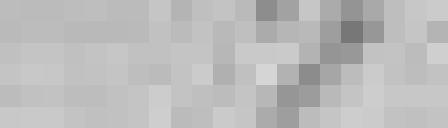
1875